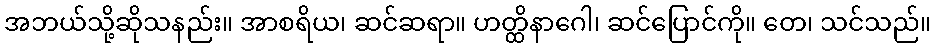
အဘယ်သို့ဆိုသနည်း။ အာစရိယ၊ ဆင်ဆရာ။ ဟတ္ထိနာဂေါ၊ ဆင်ပြောင်ကို။ တေ၊ သင်သည်။